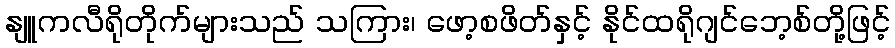
နျူကလီရိုတိုက်များသည် သကြား၊ ဖော့စဖိတ်နှင့် နိုင်ထရိုဂျင်ဘေ့စ်တို့ဖြင့်